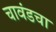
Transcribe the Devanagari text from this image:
चावंडचा